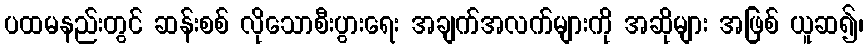
ပထမနည်းတွင် ဆန်းစစ် လိုသောစီးပွားရေး အချက်အလက်များကို အဆိုများ အဖြစ် ယူဆ၍၊